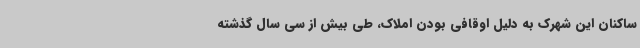
ساکنان این شهرک به دلیل اوقافی بودن املاک، طی بیش از سی سال گذشته